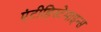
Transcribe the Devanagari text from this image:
एंटीहिस्टेमाइन्स